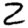
Digit: 2